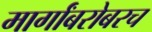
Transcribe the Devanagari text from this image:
मार्गांबरोबरच